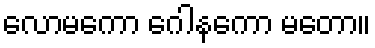
လောမကော ဂေါနကော မတော။